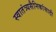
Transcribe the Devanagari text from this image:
स्वातंत्र्यसैनिकांसाठी